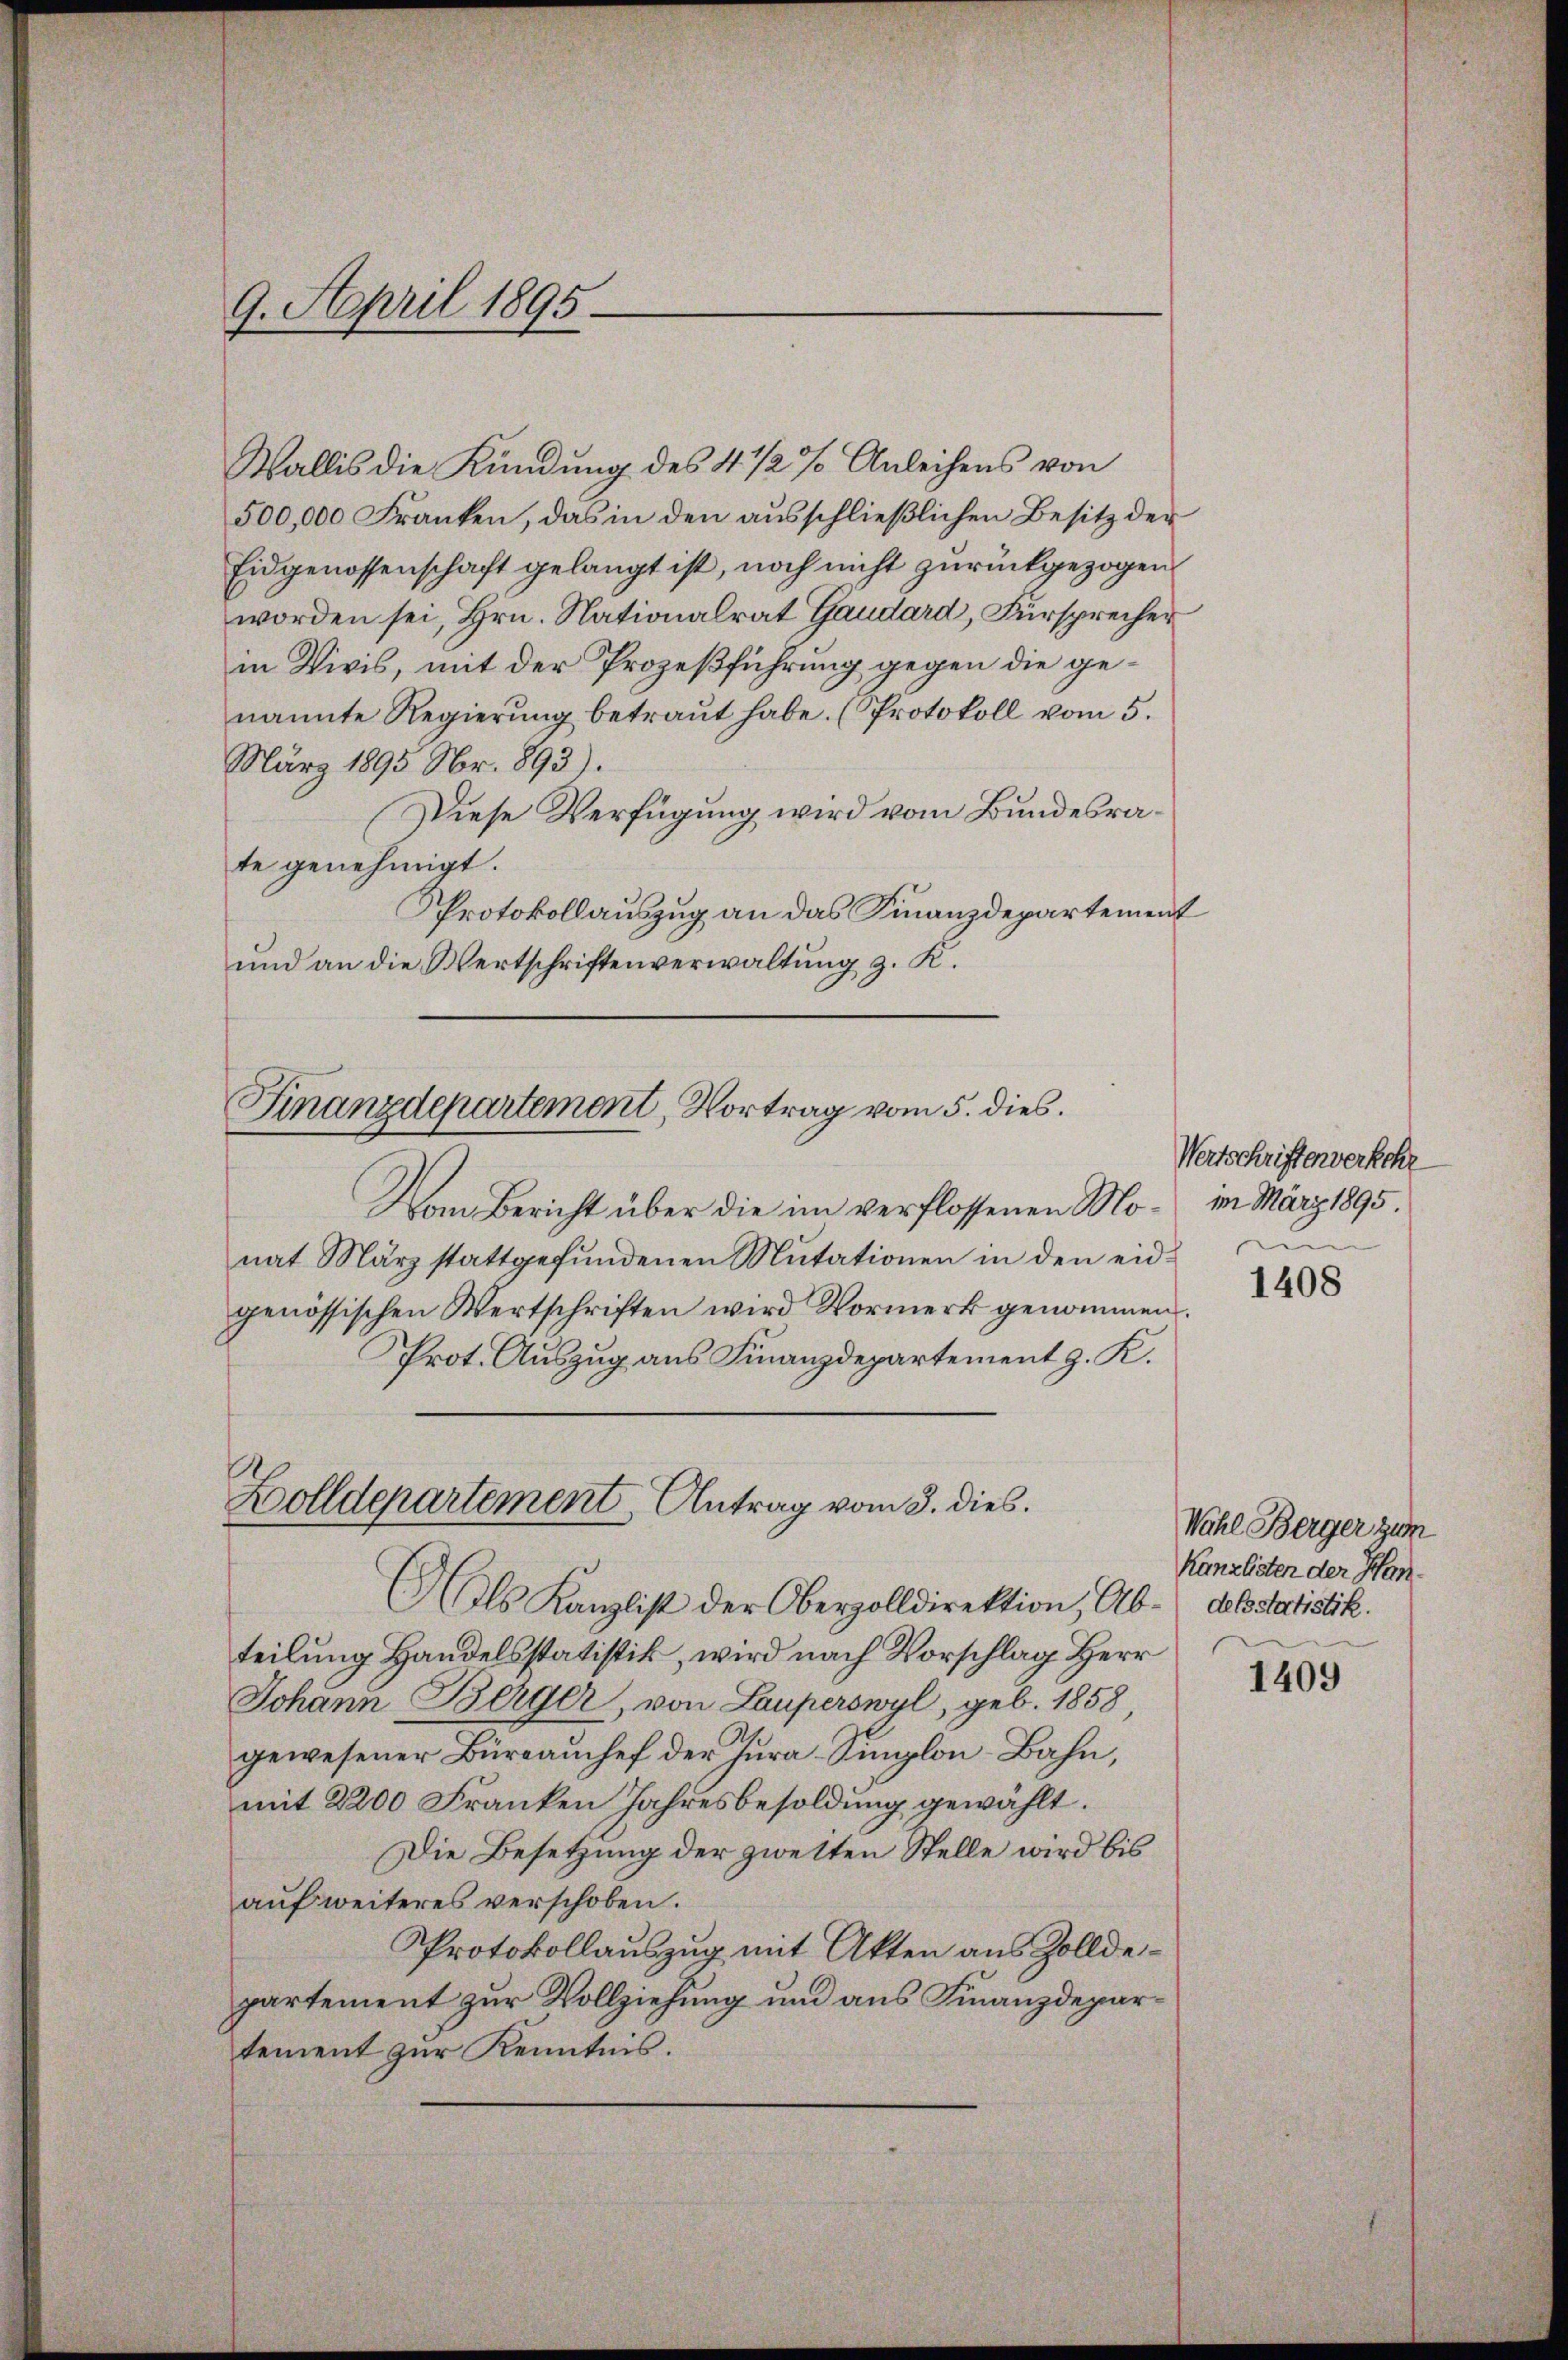
Wallis die Kündung des 4 1/2 % Anleihens von
500,000 Franken, das in den ausschließlichen Besitz der
Eidgenossenschaft gelangt ist, noch nicht zurückgezogen
worden sei, Hrn. Nationalrat Gaudard, Fürsprecher
in Vivis, mit der Prozeßführung gegen die genannte Regierung betraut habe. (Protokoll vom 5.
März 1895 Nr. 893).
Diese Verfügung wird vom Bundesrate genehmigt.
Protokollauszug an das Finanzdepartement
und an die Wertschriftenverwaltung, z. K.

9. April 1895.
—

Vom Bericht über die im verflossenen Monat März stattgefundenen Mutationen in den eidgenössischen Wertschriften wird Vormerk genommen.
rot. Auszug aus Finanzdepartement z. K.

Finanzdepartement, Vortrag vom 5. dies.

Zolldepartement Antrag vom 3. dies.

E
Als Kanzlist der Oberzolldirektion, Ab- derstatistik.
teilung Handelsstatistik, wird nach Vorschlag Herr
Johann Berger, von Lauperswyl, geb. 1858
gewesener Bürrauchef der Jura-Simglon-Bahn,
mit 2200 Franken Jahresbesoldung gewählt.
Die Besetzung der zweiten Stelle wird bis
auf weiteres verschoben.
Protokollauszug mit Akten aus Zolldepartement zur Vollziehung und aus Finanzdepartement zur Kenntnis.

Wertschriftenverkehr
m März 1895.

1408

Wahl Berger zum
Kanzlisten der Han¬

1409